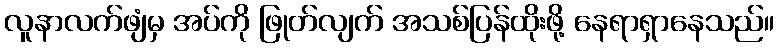
လူနာလက်ဖျံမှ အပ်ကို ဖြုတ်လျက် အသစ်ပြန်ထိုးဖို့ နေရာရှာနေသည်။